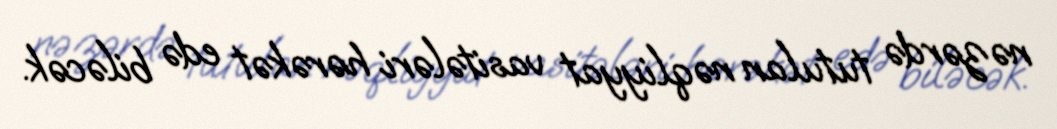
nəzərdə tutulan nəqliyyat vasitələri hərəkət edə biləcək.